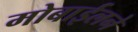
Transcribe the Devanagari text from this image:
मोबाईलने